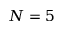
N = 5